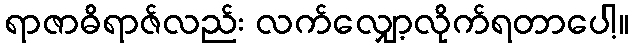
ရာဇာဓိရာဇ်လည်း လက်လျှော့လိုက်ရတာပေါ့။